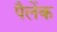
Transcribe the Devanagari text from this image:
पैलेंक